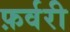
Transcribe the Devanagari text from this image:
फ़र्वरी